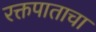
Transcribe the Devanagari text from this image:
रक्तपाताचा